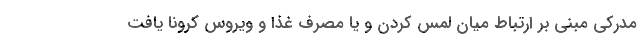
مدرکی مبنی بر ارتباط میان لمس کردن و یا مصرف غذا و ویروس کرونا یافت